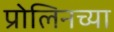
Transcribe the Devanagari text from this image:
प्रोलिनच्या